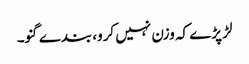
لڑ پڑے کہ وزن نہیں کرو، بندے گنو۔